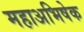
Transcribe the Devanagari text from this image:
महाअभिषेक